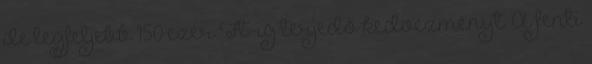
de legfeljebb 150 ezer Ft-ig terjedő kedvezményt. A fenti